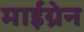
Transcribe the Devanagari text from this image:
माईग्रेन